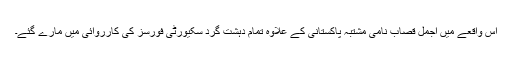
اس واقعے میں اجمل قصاب نامی مشتبہ پاکستانی کے علاوہ تمام دہشت گرد سکیورٹی فورسز کی کارروائی میں مارے گئے۔